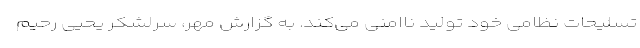
تسلیحات نظامی خود تولید ناامنی می‌کند. به گزارش مهر، سرلشکر یحیی رحیم